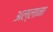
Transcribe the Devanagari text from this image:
अल्लाना